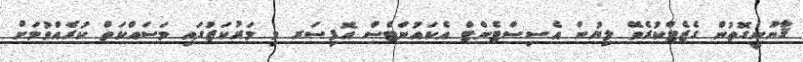
ޤާނޫނީގޮތުން ގެޒެޓްކުރެވޭ ލިޔުން އެސިސްޓެންޓް އެކައުންޓްސް އޮފިސަރ މި މަރުކަޒުގައި މަސައްކަތް ކުރެއްވުމަށް